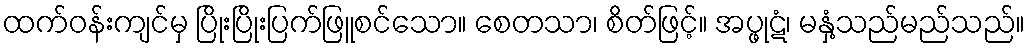
ထက်ဝန်းကျင်မှ ပြိုးပြိုးပြက်ဖြူစင်သော။ စေတသာ၊ စိတ်ဖြင့်။ အပ္ဖုဋံ၊ မနှံ့သည်မည်သည်။